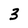
Character: 3